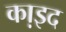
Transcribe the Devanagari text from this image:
का़इद